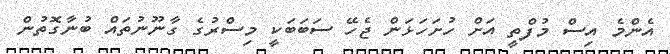
އެންމެ އިސް މުފްތީ އަށް ހުށަހަޅަން ޖެހޭ ސަބަބަކީ މިސްރުގެ ގާނޫނުތައް ބުނާގޮތުން